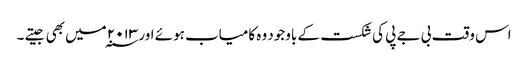
اس وقت بی جے پی کی شکست کے باوجود وہ کامیاب ہوئے اور ۲۰۱۳ ؁میں بھی جیتے ۔